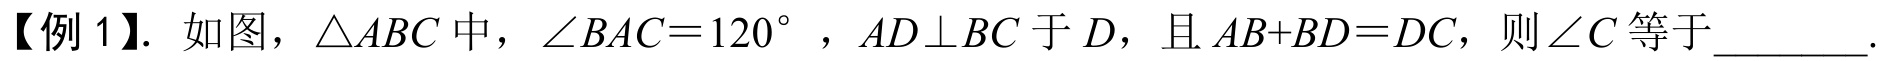
【例 1】. 如图，$\triangle ABC$中，$\angle BAC = 120^{\circ}$，$AD\perp BC$于$D$，且$AB + BD = DC$，则$\angle C$等于  ．